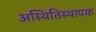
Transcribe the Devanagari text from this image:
अस्थितिस्थापक